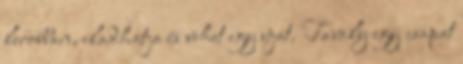
lerobban, eladhatja és vehet egy újat. Tavaly egy csapat